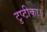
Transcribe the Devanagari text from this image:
टुप्टीका।